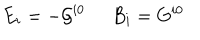
E _ { i } = - { \cal G } ^ { i 0 } \; \; B _ { i } = G ^ { i 0 }